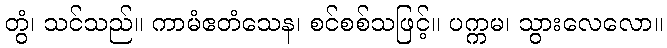
တွံ၊ သင်သည်။ ကာမံဧတံသေန၊ စင်စစ်သဖြင့်။ ပက္ကမ၊ သွားလေလော။